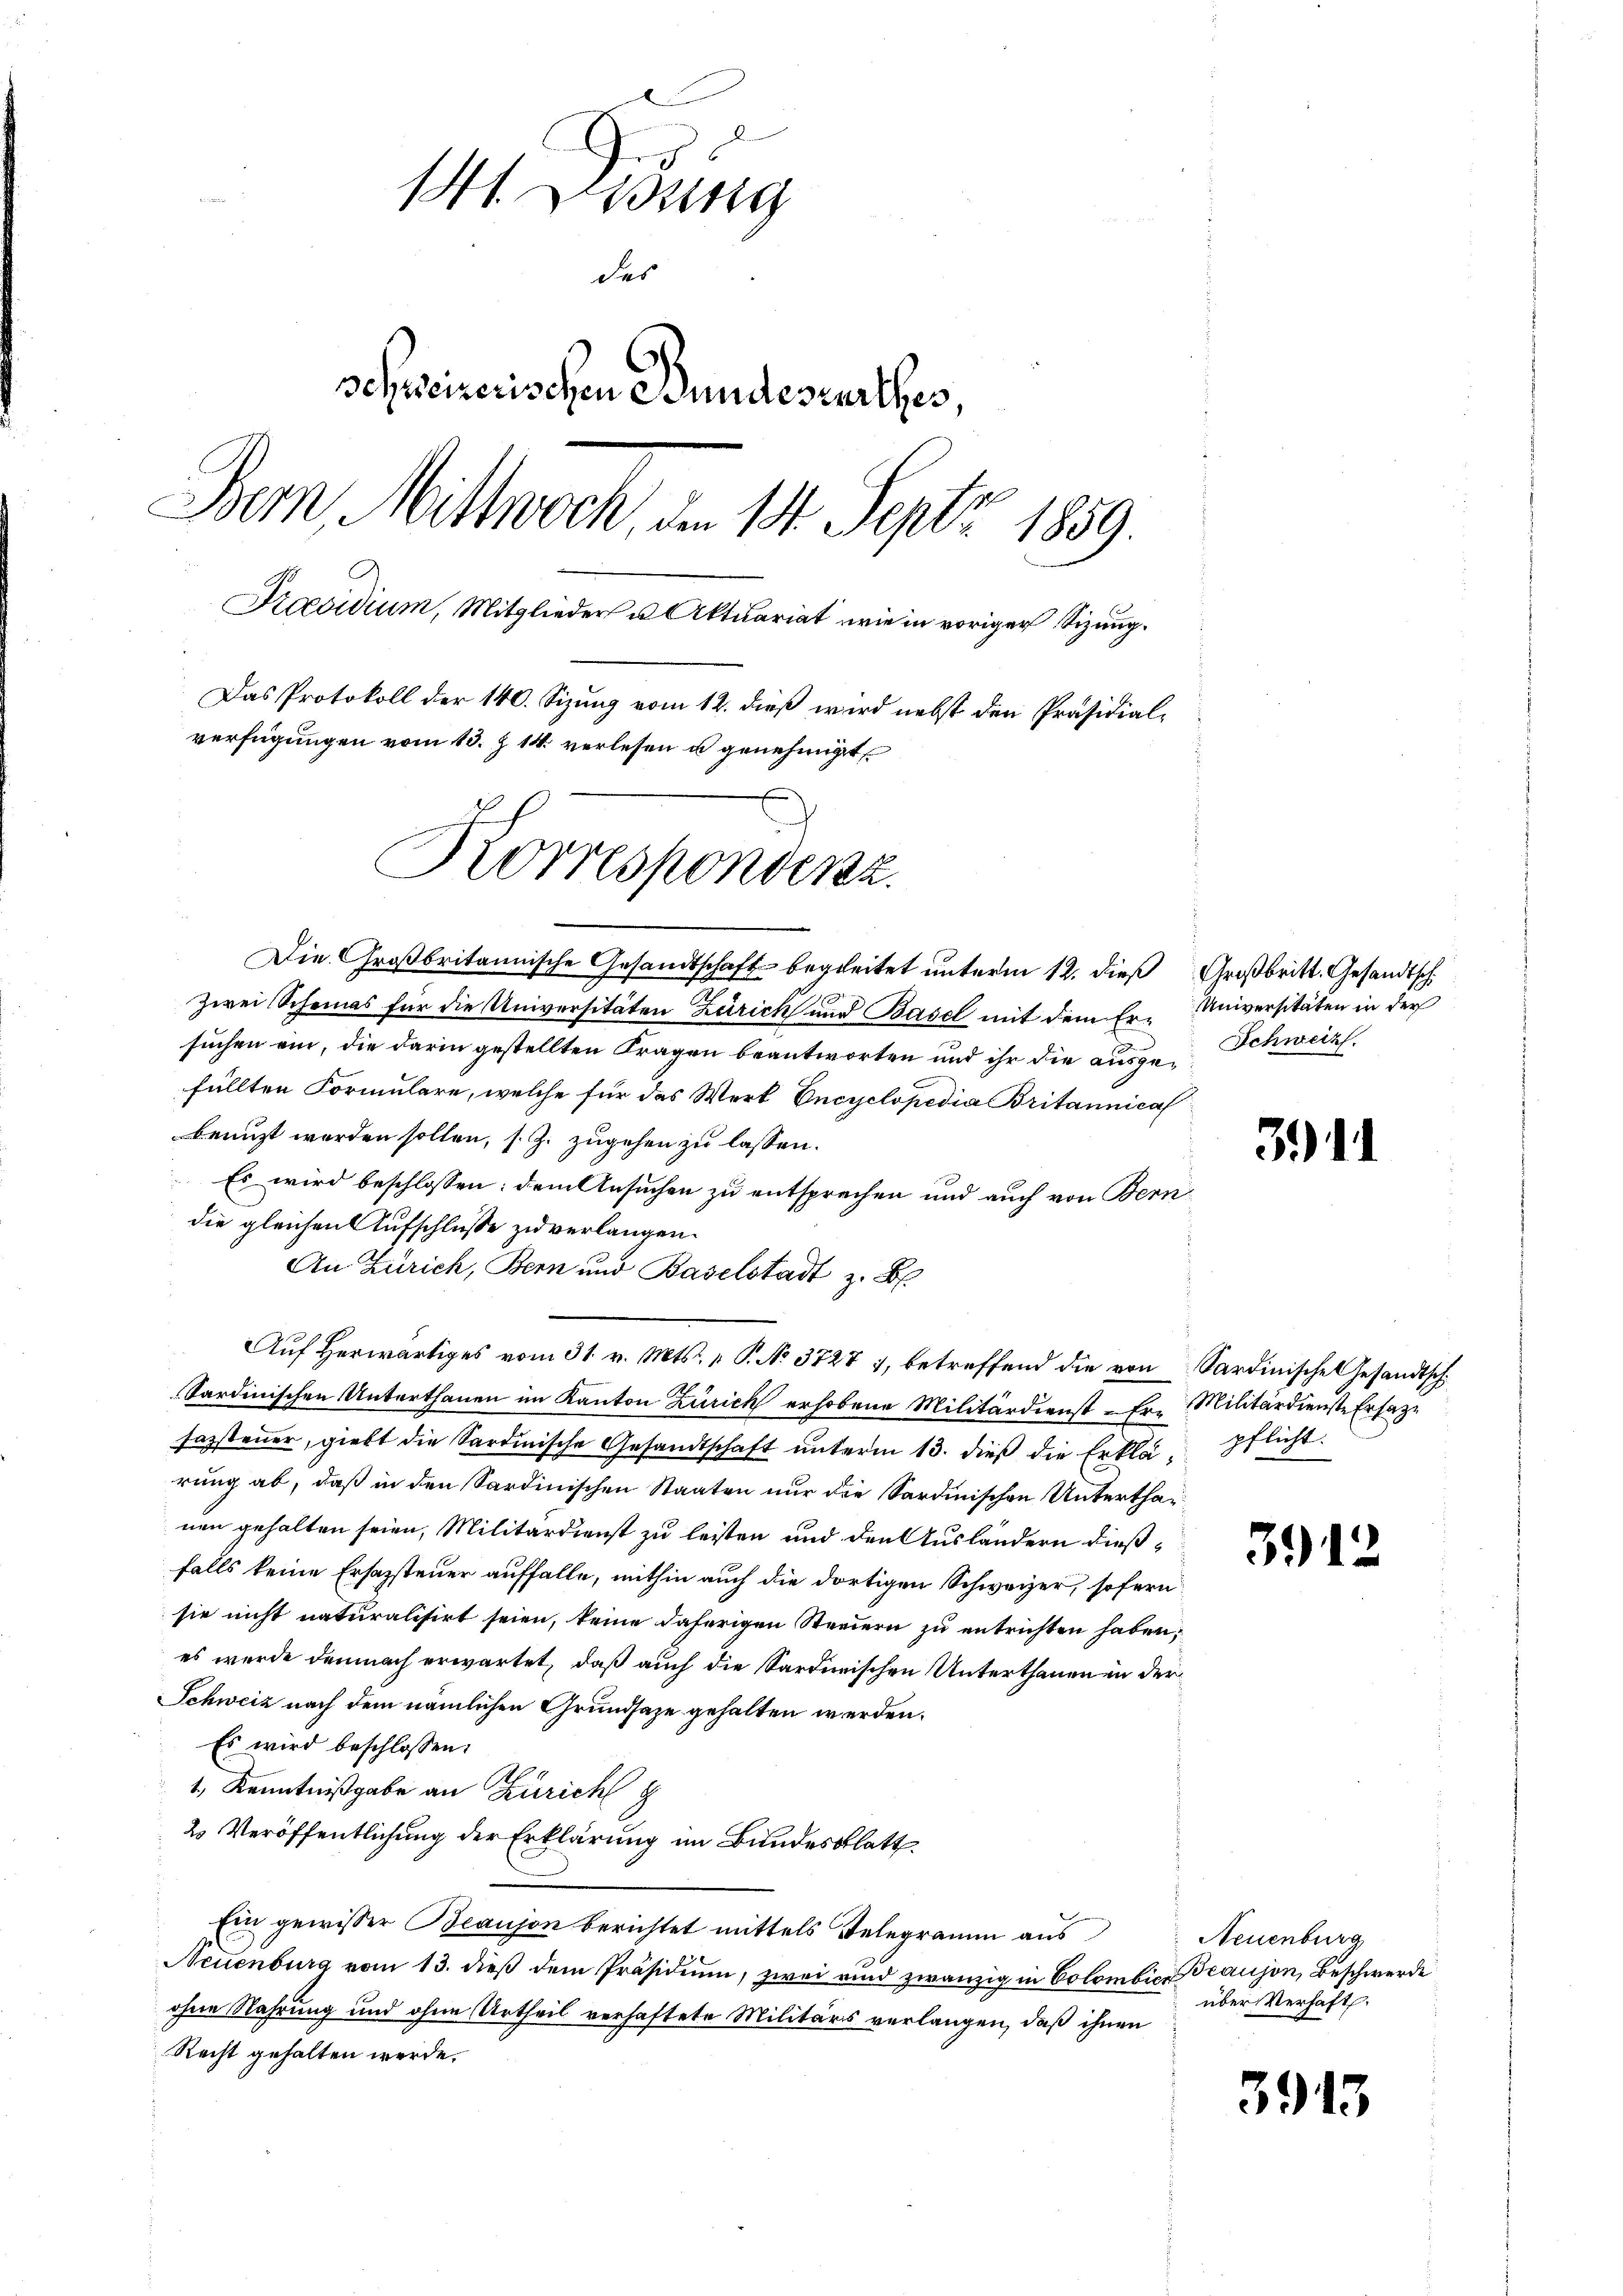
141. Didung
des
schweizerischen Bundesurthes,
Bern, Mittwoch, den 14. Sept 1859.
Praesidium, Mitglieder u. Aktuariat wie in voriger Sizung.
Das Protokoll der 140. Sizung vom 12. dieß wird nebst den Präsidial-
verfügungen vom 13. Z 14. verlesen u genehmiget
Korrespondenz.

Die Großbritannische Gesandtschaft begleitet unterm 12. dieß Großbritt. Gesandtsch
Zwei Schomas für die Universitäten Zürich und Basel mit dem Ersuchen ein, die darin gestellten Fragen beantworten und ihr die ausge-Schweiz
füllten Formulare, welche für das Wert Encyclopedia Britannica
benuzt worden sollen, s. Z. zugehen zu lassen.
Es wird beschlossen: dem Ansuchen zu entsprechen und auch von Bern
die gleichen Aufschlusse zu verlangen.
An Zürich, Bern und Baselstadt z. B.
Auf Herwärtiges vom 31. v. Mts. v. P. No. 3727 7, betreffend die von Sardinische Gesandtsch
Sardinischen Unterthanen im Kanton Zürich erhobene Militärdienst-Er. Militärdienste Ersatzu
sazsteuer, giebt die Sardinische Gesandtschaft unterm 13. dieß die Erklä pflicht.
rung ab, daß in den Sardinischen Staaten nur die Sardinischen Unterthanen gehalten seien, Militärdienst zu leisten und den Ausländern dießfalls keine Ersazsteuer auffalle, mithin auch die dortigen Schweizer, sofern
sie nicht naturalisirt seien, keine daherigen Steuern zu entrichten haben;
es wurde demnach erwartet, daß auch die Sarderischen Unterthanen in der
Schweiz nach dem nämlichen Grundsaze gehalten werden.
Es wird beschlossen:
1., Kenntnißgabe an Zürich g
2 Veröffentlichung der Erklärung im Bundesblatt
Ein gewisser Beaujon berichtet mittels Telegramm aus
Neuenburg vom 13. dieß dem Präsidiŭm, zwei und zwanzig in Colombier Beauson, Beschwerde
ohne Nahrung und ohne Urtheil verhaftete Militärs verlangen, daß ihnen
Recht gehalten werde.

Universitäten in der

3) 1

391.

Neuenburg
über Verhaft.

3913